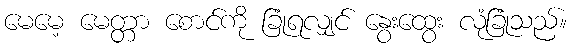
မေမေ့ မေတ္တာ စောင်ကို ခြုံရလျှင် နွေးထွေး လုံခြုံသည်။